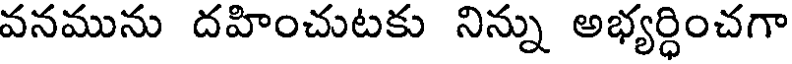
వనమును దహించుటకు నిన్ను అభ్యర్ధించగా